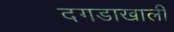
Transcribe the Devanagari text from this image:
दगडाखाली